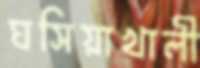
ঘসিয়াখালী